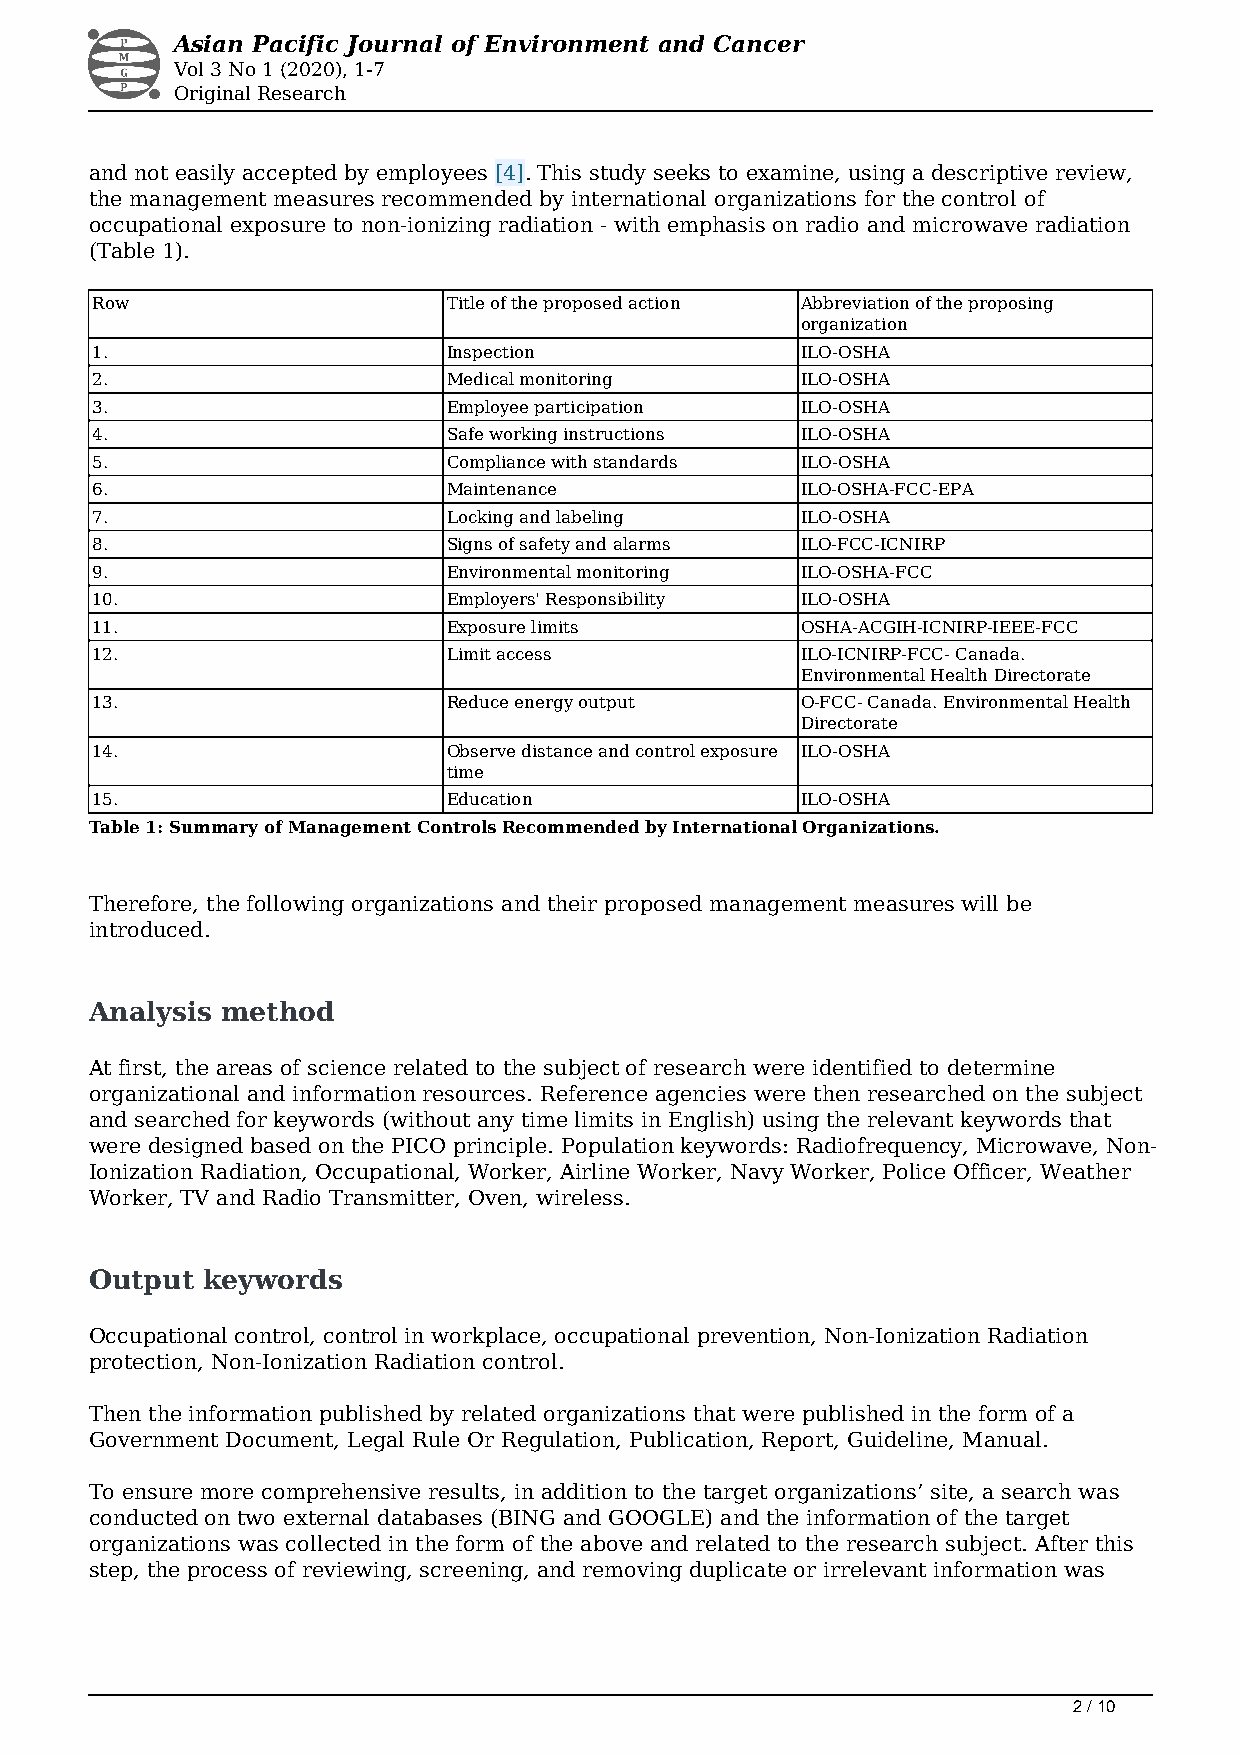
Asian Pacific Journal of Environment and Cancer
 Vol 3 No 1 (2020), 1-7
 Original Research
 and not easily accepted by employees [4]. This study seeks to examine, using a descriptive review,
 the management measures recommended by international organizations for the control of
 occupational exposure to non-ionizing radiation - with emphasis on radio and microwave radiation
 (Table 1).
 Row                     Title of the proposed action Abbreviation of the proposing
 organization
 1.                      Inspection             ILO-OSHA
 2.                      Medical monitoring     ILO-OSHA
 3.                      Employee participation ILO-OSHA
 4.                      Safe working instructions ILO-OSHA
 5.                      Compliance with standards ILO-OSHA
 6.                      Maintenance            ILO-OSHA-FCC-EPA
 7.                      Locking and labeling   ILO-OSHA
 8.                      Signs of safety and alarms ILO-FCC-ICNIRP
 9.                      Environmental monitoring ILO-OSHA-FCC
 10.                     Employers' Responsibility ILO-OSHA
 11.                     Exposure limits        OSHA-ACGIH-ICNIRP-IEEE-FCC
 12.                     Limit access           ILO-ICNIRP-FCC- Canada.
 Environmental Health Directorate
 13.                     Reduce energy output   O-FCC- Canada. Environmental Health
 Directorate
 14.                     Observe distance and control exposure ILO-OSHA
 time
 15.                     Education              ILO-OSHA
 Table 1: Summary of Management Controls Recommended by International Organizations.
 Therefore, the following organizations and their proposed management measures will be
 introduced.
 Analysis method
 At first, the areas of science related to the subject of research were identified to determine
 organizational and information resources. Reference agencies were then researched on the subject
 and searched for keywords (without any time limits in English) using the relevant keywords that
 were designed based on the PICO principle. Population keywords: Radiofrequency, Microwave, Non-
 Ionization Radiation, Occupational, Worker, Airline Worker, Navy Worker, Police Officer, Weather
 Worker, TV and Radio Transmitter, Oven, wireless.
 Output keywords
 Occupational control, control in workplace, occupational prevention, Non-Ionization Radiation
 protection, Non-Ionization Radiation control.
 Then the information published by related organizations that were published in the form of a
 Government Document, Legal Rule Or Regulation, Publication, Report, Guideline, Manual.
 To ensure more comprehensive results, in addition to the target organizations’ site, a search was
 conducted on two external databases (BING and GOOGLE) and the information of the target
 organizations was collected in the form of the above and related to the research subject. After this
 step, the process of reviewing, screening, and removing duplicate or irrelevant information was
 2 / 10